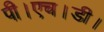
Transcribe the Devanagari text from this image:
पी।एच।डी।